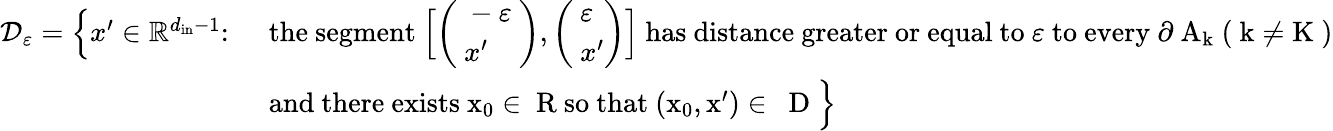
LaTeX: \begin{array}{rl}{\mathcal D_{\varepsilon}=\Bigl\{ x^{\prime}\in{\mathbb R}^{d_{\mathrm{in}}-1}\colon\ }&{\mathrm{the~segment~\Bigl[\left(\begin{array}{l}{~-\varepsilon~}\\ {~x'}\end{array}\right),\left(\begin{array}{l}{~\varepsilon~}\\ {~x'}\end{array}\right)\Bigr]~has~distance~greater~or~equal~to~\varepsilon~to~every~\partial~A_k~(~k\not=K~)}}\\ &{\mathrm{and~there~exists~x_0\in{\mathbb~R}~so~that~(x_0,x')\in~\mathbb~D~}\Bigr\} }\end{array}